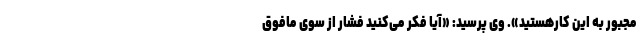
مجبور به این کارهستید». وی پرسید: «آیا فکر می‌کنید فشار از سوی مافوق